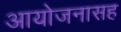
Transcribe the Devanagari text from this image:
आयोजनासह